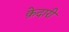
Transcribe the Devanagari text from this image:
क़ेदारी